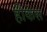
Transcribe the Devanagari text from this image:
हीकंस